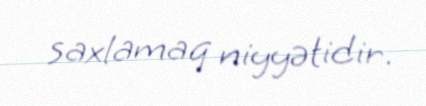
saxlamaq niyyətidir.